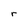
Character: r